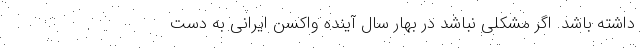
داشته باشد. اگر مشکلی نباشد در بهار سال آینده واکسن ایرانی به دست